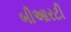
બીઆરટી